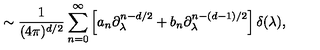
\sim { \frac { 1 } { ( 4 \pi ) ^ { d / 2 } } } \sum _ { n = 0 } ^ { \infty } \left[ a _ { n } \partial _ { \lambda } ^ { n - d / 2 } + b _ { n } \partial _ { \lambda } ^ { n - ( d - 1 ) / 2 } \right] \delta ( \lambda ) ,